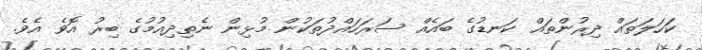
ކަހަލަތައް ދިރުންތައް ކަނޑުގެ ބައެއް ސަރަހައްދުތަކުން މުޅިން ނެތިދިއުުމުގެ ބިރު އޮވެ އެވެ.